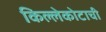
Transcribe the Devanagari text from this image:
किल्लेकोटाची